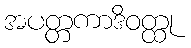
အပတ္တကာဒိဝတ္ထု